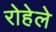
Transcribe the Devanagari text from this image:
रोहेले